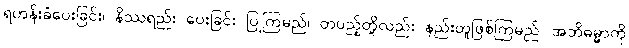
ရဟန်းခံပေးခြင်း၊ နိဿရည်း ပေးခြင်း ပြုကြမည်၊ တပည့်တို့လည်း နည်းတူဖြစ်ကြမည်၊ အဘိဓမ္မာကို